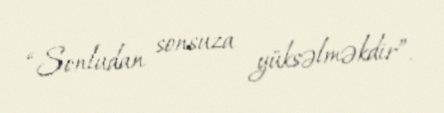
“Sonludan sonsuza yüksəlməkdir”.